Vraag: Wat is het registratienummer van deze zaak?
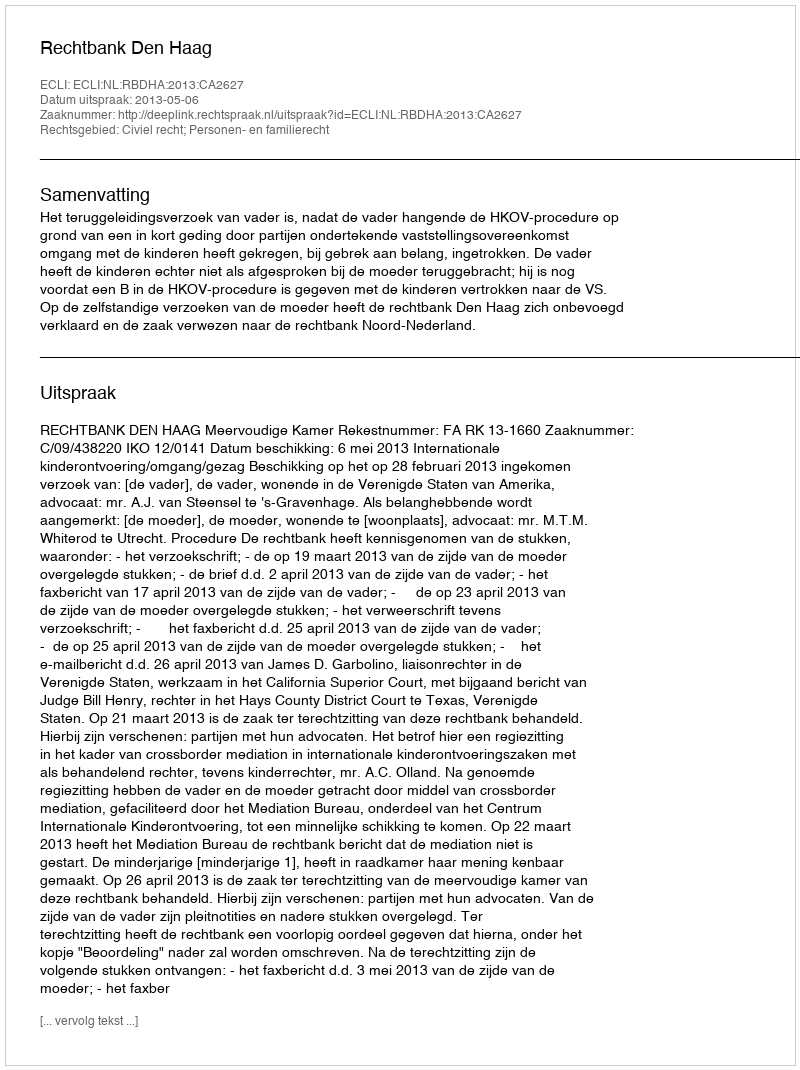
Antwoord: http://deeplink.rechtspraak.nl/uitspraak?id=ECLI:NL:RBDHA:2013:CA2627